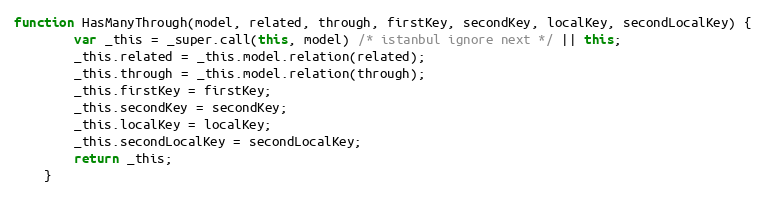
Language: JavaScript
function HasManyThrough(model, related, through, firstKey, secondKey, localKey, secondLocalKey) {
        var _this = _super.call(this, model) /* istanbul ignore next */ || this;
        _this.related = _this.model.relation(related);
        _this.through = _this.model.relation(through);
        _this.firstKey = firstKey;
        _this.secondKey = secondKey;
        _this.localKey = localKey;
        _this.secondLocalKey = secondLocalKey;
        return _this;
    }